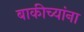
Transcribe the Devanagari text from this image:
बाकीच्यांना